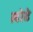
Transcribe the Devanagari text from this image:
लोढे